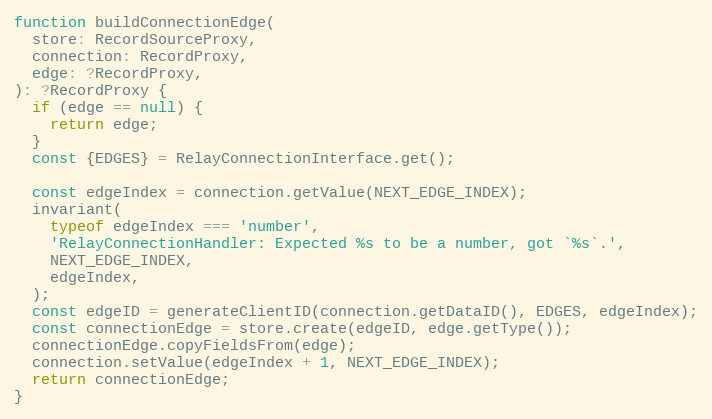
Language: JavaScript
function buildConnectionEdge(
  store: RecordSourceProxy,
  connection: RecordProxy,
  edge: ?RecordProxy,
): ?RecordProxy {
  if (edge == null) {
    return edge;
  }
  const {EDGES} = RelayConnectionInterface.get();

  const edgeIndex = connection.getValue(NEXT_EDGE_INDEX);
  invariant(
    typeof edgeIndex === 'number',
    'RelayConnectionHandler: Expected %s to be a number, got `%s`.',
    NEXT_EDGE_INDEX,
    edgeIndex,
  );
  const edgeID = generateClientID(connection.getDataID(), EDGES, edgeIndex);
  const connectionEdge = store.create(edgeID, edge.getType());
  connectionEdge.copyFieldsFrom(edge);
  connection.setValue(edgeIndex + 1, NEXT_EDGE_INDEX);
  return connectionEdge;
}